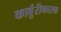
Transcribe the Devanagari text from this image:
कार्बुरीकारक